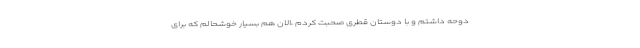
دوحه داشتم و با دوستان قطری صحبت کردم ،الان هم بسیار خوشحالم که برای